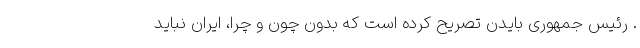
. رئیس جمهوری بایدن تصریح کرده است که بدون چون و چرا، ایران نباید